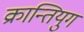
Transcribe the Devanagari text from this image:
क्रान्तियुग